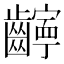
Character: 𫜧